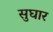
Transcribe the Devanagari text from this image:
सुघार